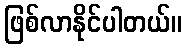
ဖြစ်လာနိုင်ပါတယ်။